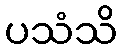
ပသံသိ